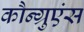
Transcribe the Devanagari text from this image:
कौन्ग्रुएंस